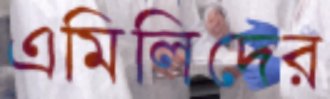
এমিলিদের